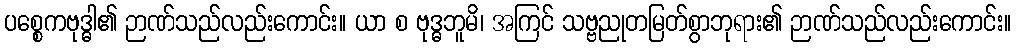
ပစ္စေကဗုဒ္ဓါ၏ ဉာဏ်သည်လည်းကောင်း။ ယာ စ ဗုဒ္ဓဘူမိ၊ အကြင် သဗ္ဗညုတမြတ်စွာဘုရား၏ ဉာဏ်သည်လည်းကောင်း။